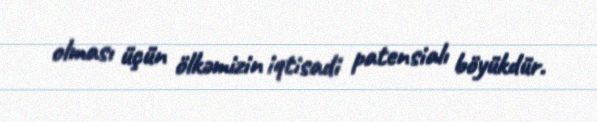
olması üçün ölkəmizin iqtisadi patensialı böyükdür.